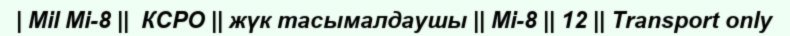
| Mil Mi-8 ||  КСРО || жүк тасымалдаушы || Mi-8 || 12 || Transport only